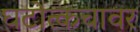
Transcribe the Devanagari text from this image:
घटोत्कचावर